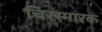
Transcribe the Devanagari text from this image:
चिरस्मारक